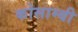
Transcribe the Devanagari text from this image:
कोसाम्बी